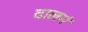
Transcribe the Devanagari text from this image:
दालनं